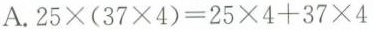
A. $$2 5 \times ( 3